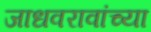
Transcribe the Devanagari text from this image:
जाधवरावांच्या